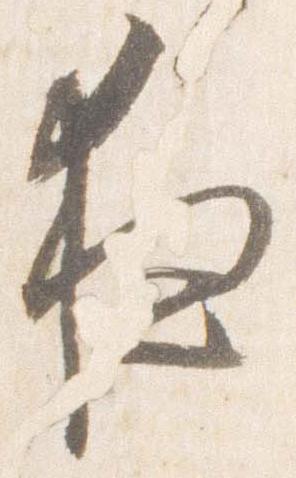
夜